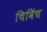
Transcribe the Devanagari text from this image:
चिविंच